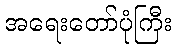
အရေးတော်ပုံကြီး